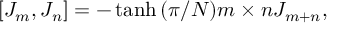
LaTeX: [ J _ { m } , J _ { n } ] = - \operatorname { t a n h } { ( \pi / N ) m \times n } J _ { m + n } ,